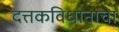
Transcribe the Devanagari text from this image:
दत्तकविधानाचा